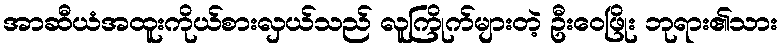
အာဆီယံအထူးကိုယ်စားလှယ်သည် လူကြိုက်များတဲ့ ဦးဝေဖြိုး ဘုရား၏သား